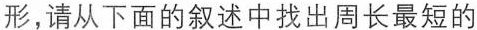
形，请从下面的叙述中找出周长最短的